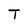
Character: T